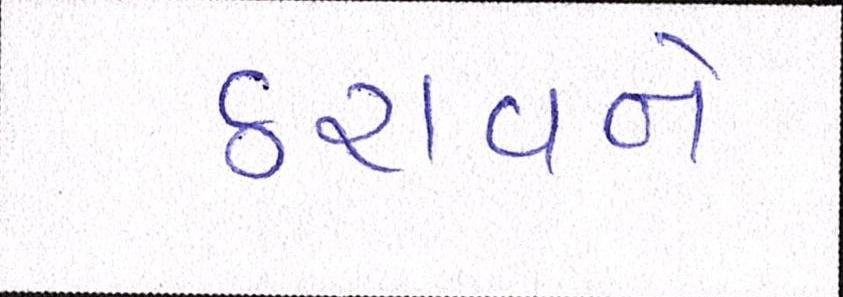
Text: ઠરાવને